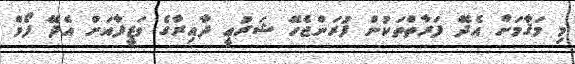
މި މަޤާމަށް އެދޭ ފަރާތްތަކުން ފުރަންޖެހޭ ޝަރުޢީ ދާއިރާގެ ވަޒީފާއަށް އެދޭ ފޯމް